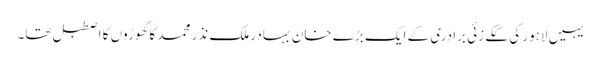
یہیں لاہور کی ککے زئی برادری کے ایک بڑے خان بہادر ملک نذر محمد کا گھوڑوں کا اصطبل تھا۔